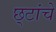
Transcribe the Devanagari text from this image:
छ्टांचे